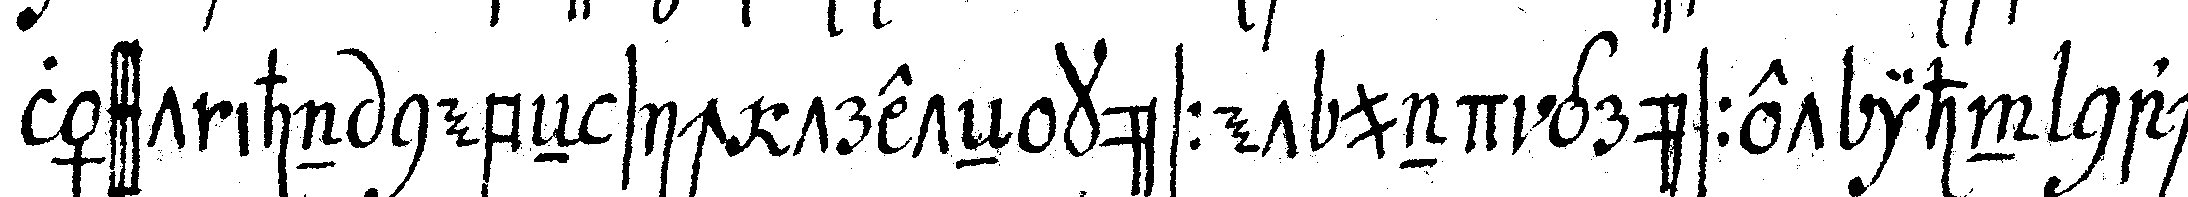
lässt ihn nebeN sich treteN küsset und grüsset ihn nach